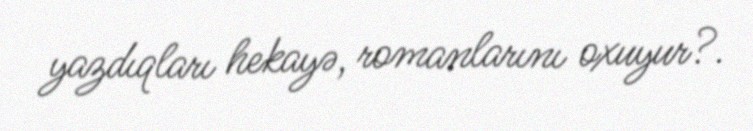
yazdıqları hekayə, romanlarını oxuyur?.